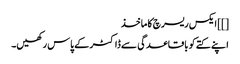
[]] ایکس ریسرچ کا ماخذ
اپنے کتے کو باقاعدگی سے ڈاکٹر کے پاس رکھیں۔